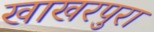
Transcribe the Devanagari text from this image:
खाखरपुरा